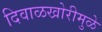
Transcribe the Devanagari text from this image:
दिवाळखोरीमुळे